Report of an investigation of the epidemic of malarial fever in Assam, or, kala-azar
Disease focus: Malaria
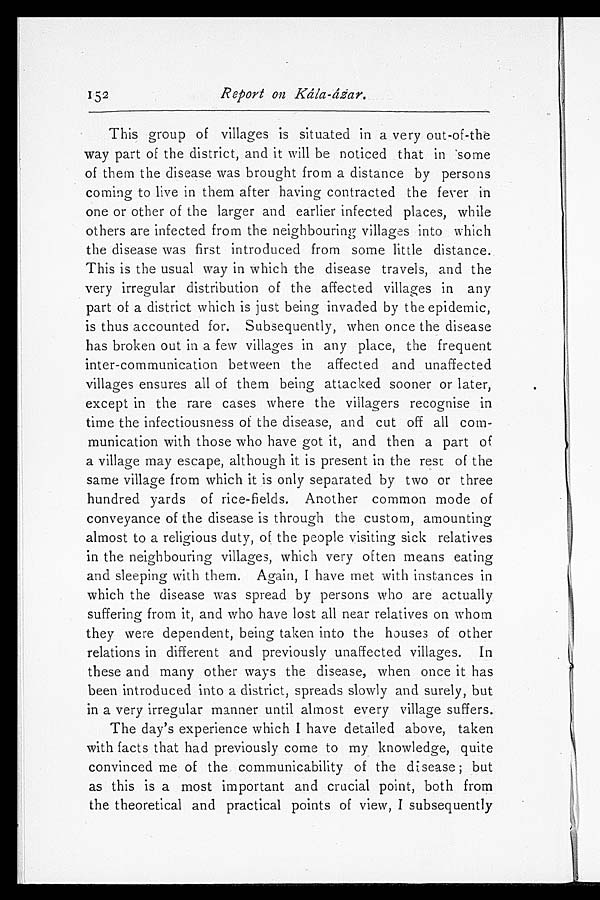
152
Report on Kála-ázar.
This group of villages is situated in a very out-of-the
way part of the district, and it will be noticed that in some
of them the disease was brought from a distance by persons
coming to live in them after having contracted the fever in
one or other of the larger and earlier infected places, while
others are infected from the neighbouring villages into which
the disease was first introduced from some little distance.
This is the usual way in which the disease travels, and the
very irregular distribution of the affected villages in any
part of a district which is just being invaded by the epidemic,
is thus accounted for. Subsequently, when once the disease
has broken out in a few villages in any place, the frequent
inter-communication between the affected and unaffected
villages ensures all of them being attacked sooner or later,
except in the rare cases where the villagers recognise in
time the infectiousness of the disease, and cut off all com
-munication with those who have got it, and then a part of
a village may escape, although it is present in the rest of the
same village from which it is only separated by two or three
hundred yards of rice-fields. Another common mode of
conveyance of the disease is through the custom, amounting
almost to a religious duty, of the people visiting sick relatives
in the neighbouring villages, which very often means eating
and sleeping with them. Again, I have met with instances in
which the disease was spread by persons who are actually
suffering from it, and who have lost all near relatives on whom
they were dependent, being taken into the houses of other
relations in different and previously unaffected villages. In
these and many other ways the disease, when once it has
been introduced into a district, spreads slowly and surely, but
in a very irregular manner until almost every village suffers.
The day's experience which I have detailed above, taken
with facts that had previously come to my knowledge, quite
convinced me of the communicability of the disease; but
as this is a most important and crucial point, both from
the theoretical and practical points of view, I subsequently